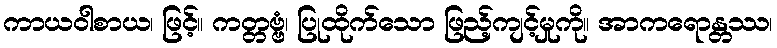
ကာယဝါစာယ၊ ဖြင့်။ ကတ္တဗ္ဗံ၊ ပြုထိုက်သော ဖြည့်ကျင့်မှုကို။ အာကရောန္တဿ၊